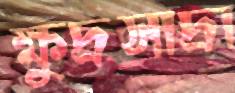
ক্ষুদ্রসাদ্রা